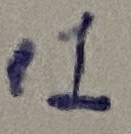
Text: .1